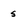
Character: s